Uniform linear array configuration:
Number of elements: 64
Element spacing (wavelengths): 0.5
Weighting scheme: binomial
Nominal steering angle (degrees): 15
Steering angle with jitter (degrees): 15.987
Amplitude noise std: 0.05
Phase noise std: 0.05

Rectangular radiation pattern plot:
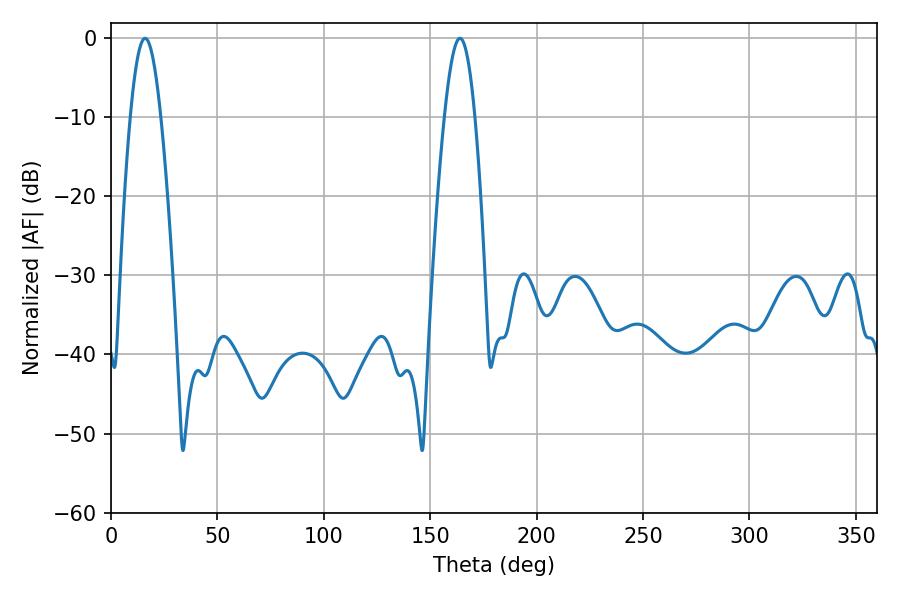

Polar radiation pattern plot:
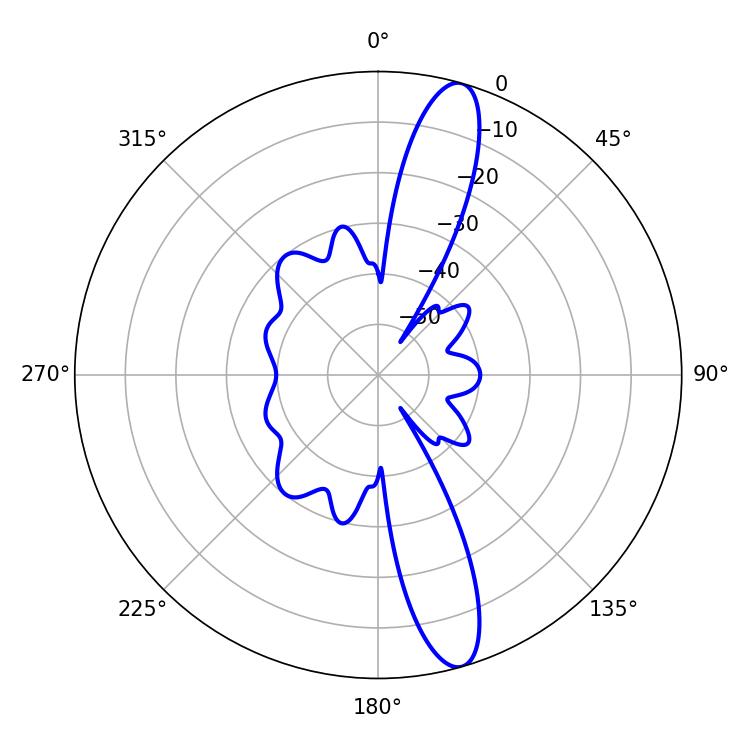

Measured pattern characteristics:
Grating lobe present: FALSE
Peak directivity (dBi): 13.927
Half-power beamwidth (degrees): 7.74
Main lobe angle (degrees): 16.02